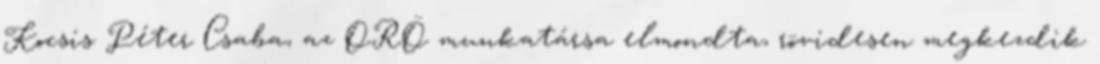
Kocsis Péter Csaba, az ORÖ munkatársa elmondta, rövidesen megkezdik